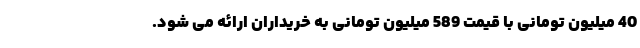
40 میلیون تومانی با قیمت 589 میلیون تومانی به خریداران ارائه می شود.